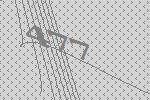
477